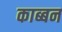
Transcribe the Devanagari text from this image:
काब्बन